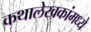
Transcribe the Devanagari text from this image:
कथालेखकांमध्ये